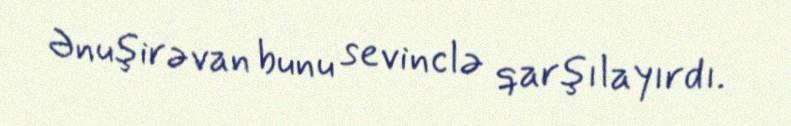
Ənuşirəvan bunu sevinclə qarşılayırdı.